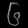
Digit: ၆